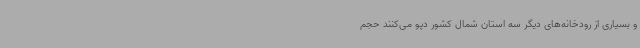
و بسیاری از رودخانه‌های دیگر سه استان‌ شمال کشور دپو می‌کنند حجم